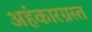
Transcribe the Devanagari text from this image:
अहंकारग्रस्त